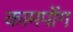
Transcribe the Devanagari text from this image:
कामपोंग